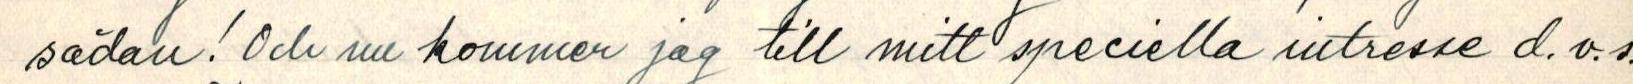
sådan! Och nu kommer jag till mitt speciella intresse d.v.s.